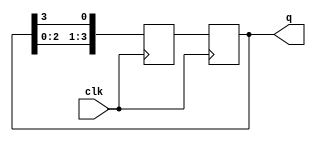
module ring_counter(
    input wire clk,
    output reg [3:0] q // 4-bit output representing the states of the counter
);

reg [3:0] next_q;

always @(posedge clk) begin
    next_q[0] <= q[3];
    next_q[1] <= q[0];
    next_q[2] <= q[1];
    next_q[3] <= q[2];
    
    q <= next_q;
end

endmodule